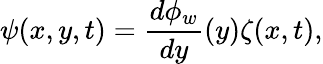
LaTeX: \psi(x,y,t)=\frac{d\phi_{w}}{dy}(y)\zeta(x,t),